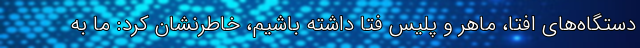
دستگاه‌های افتا، ماهر و پلیس فتا داشته باشیم، خاطرنشان کرد: ما به